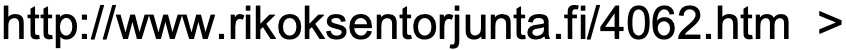
http://www.rikoksentorjunta.fi/4062.htm >